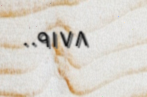
٠٠٩١٧٨